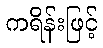
ကရိန်းဖြင့်